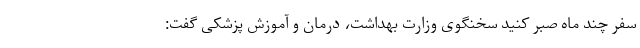
سفر چند ماه صبر کنید سخنگوی وزارت بهداشت، درمان و آموزش پزشکی گفت: